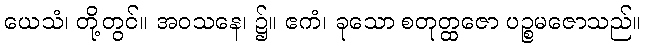
ယေသံ၊ တို့တွင်။ အဝသနေ၊ ၌။ ဧကံ၊ ခုသော စတုတ္ထဇော ပဉ္စမဇောသည်။